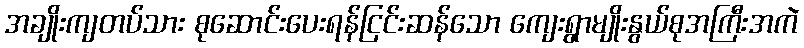
အချိုးကျတပ်သား စုဆောင်းပေးရန်ငြင်းဆန်သော ကျေးရွာမျိုးနွယ်စုအကြီးအကဲ